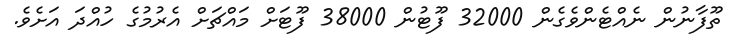
ތޫފާނުން ނެއްޓެންވެގެން 32000 ފޫޓުން 38000 ފޫޓަށް މައްޗަށް އެރުމުގެ ހުއްދަ އަށެވެ.